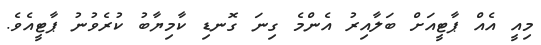
މިއީ އެއް ޕާޓީއަށް ބަލާއިރު އެންމެ ގިނަ ގޮނޑި ކާމިޔާބު ކުރެވުނު ޕާޓީއެވެ.